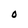
Character: O